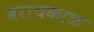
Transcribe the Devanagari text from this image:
बराचकाळ